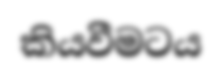
කියවීමටය